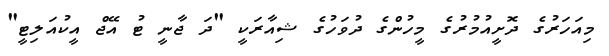
މިއަހަރުގެ ދޮށީއުމުރުގެ މީހުންގެ ދުވަހުގެ ޝިއާރަކީ "ދަ ޖާނީ ޓު އޭޖް އީކުއަލިޓީ"